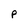
Character: P